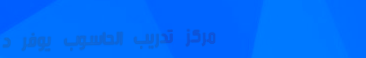
مركز تدريب الحاسوب يوفر د